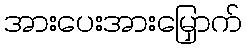
အားပေးအားမြှောက်